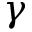
\gamma